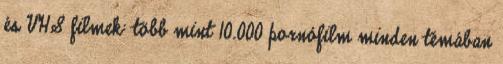
és VHS filmek: több mint 10.000 pornófilm minden témában